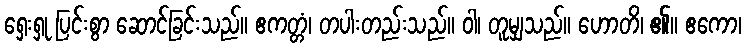
ရှေးရှု ပြင်းစွာ ဆောင်ခြင်းသည်။ ဧကတ္တံ၊ တပါးတည်းသည်။ ဝါ၊ တူမျှသည်။ ဟောတိ၊ ၏။ ဧကော၊